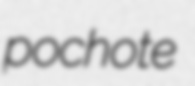
pochote